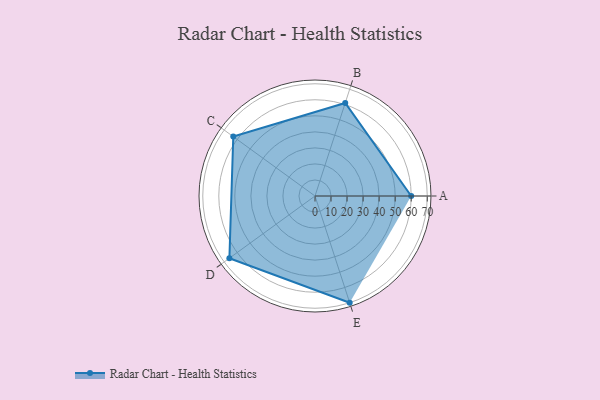
{"axis": {"x": "Skill", "y": "Score"}, "legend": ["Profile"], "data": [{"x": "A", "y": 60.0, "type": "Profile"}, {"x": "B", "y": 61.0, "type": "Profile"}, {"x": "C", "y": 63.0, "type": "Profile"}, {"x": "D", "y": 66.0, "type": "Profile"}, {"x": "E", "y": 70.0, "type": "Profile"}]}